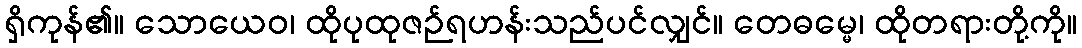
ရှိကုန်၏။ သောယေဝ၊ ထိုပုထုဇဉ်ရဟန်းသည်ပင်လျှင်။ တေဓမ္မေ၊ ထိုတရားတို့ကို။